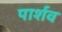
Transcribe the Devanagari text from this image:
पार्शव